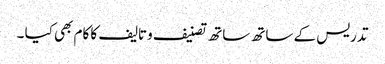
تدریس کے ساتھ ساتھ تصنیف وتالیف کا کام بھی کیا ۔